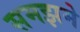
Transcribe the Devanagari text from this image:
समझमे